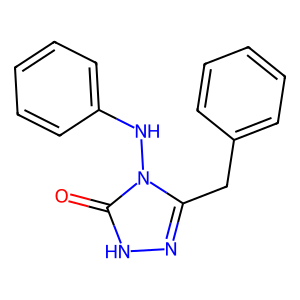
SMILES: O=c1[nH]nc(Cc2ccccc2)n1Nc1ccccc1
Inhibits HIV replication: No